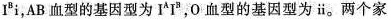
I^{B}i，AB 血型的基因型为 I^{A}I^{B}，O 血型的基因型为ⅱ。两个家